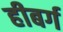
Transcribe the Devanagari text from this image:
हीबर्ग